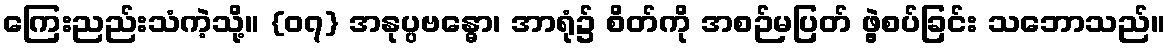
ကြေးညည်းသံကဲ့သို့။ {၀၇} အနုပ္ပဗန္ဓော၊ အာရုံ၌ စိတ်ကို အစဉ်မပြတ် ဖွဲ့စပ်ခြင်း သဘောသည်။